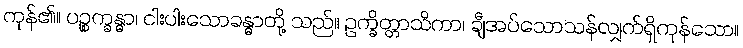
ကုန်၏။ ပဉ္စက္ခန္ဓာ၊ ငါးပါးသောခန္ဓာတို့ သည်။ ဥက္ခိတ္တာသိကာ၊ ချီအပ်သောသန်လျှက်ရှိကုန်သော။